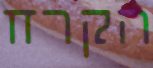
הקרח